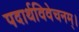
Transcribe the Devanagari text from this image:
पदार्थविवेचनम्।